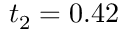
t _ { 2 } = 0 . 4 2